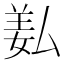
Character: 𦍯